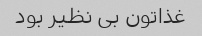
غذاتون بی نظیر بود